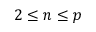
2 \leq n \leq p